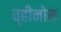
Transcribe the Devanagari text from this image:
व्हीनोम